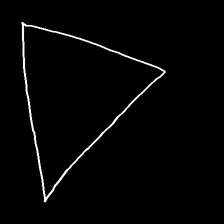
Glyph: convergence